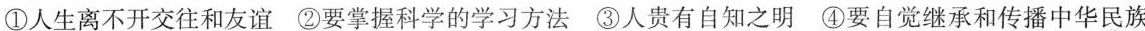
①人生离不开交往和友谊②要掌握科学的学习方法③人贵有自知之明④要自觉继承和传播中华民族